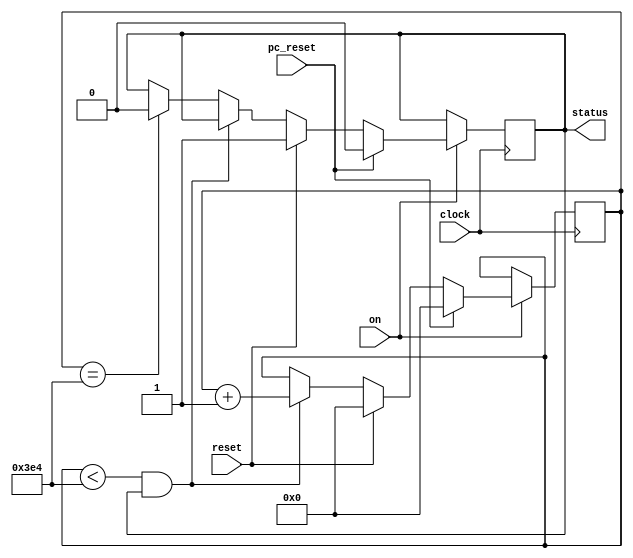
module secondctrl(reset, clock, status, on, pc_reset);
    input reset, clock, pc_reset, on;
    output status;

    reg[9:0] count = 0;
    reg status = 0;

    always @(posedge clock) begin    
        if(on) begin
            if(pc_reset) begin
                status <= 0;
                count <= 0;
            end else if(reset) begin  //if reset is triggered, set status to on (1) and reset count
                status <= 1;
                count <= 0;
            end else begin
                if(count < 996 && status) begin
                    count <= count + 1;
                end else if(count == 996) begin             //if one second passed i.e. 1000 ms, set status to off (0)
                    status <= 0;
                end
            end
        end       
        
    end

endmodule